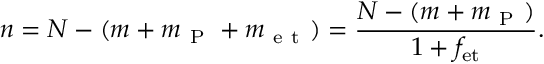
n = N - ( m + m _ { \mathrm { ~ P ~ } } + m _ { \mathrm { ~ e ~ t ~ } } ) = \frac { N - ( m + m _ { \mathrm { ~ P ~ } } ) } { 1 + f _ { \mathrm { e t } } } .